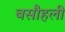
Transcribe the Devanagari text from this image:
बसौहली